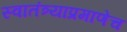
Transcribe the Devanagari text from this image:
स्वातंत्र्याप्रमाणेच